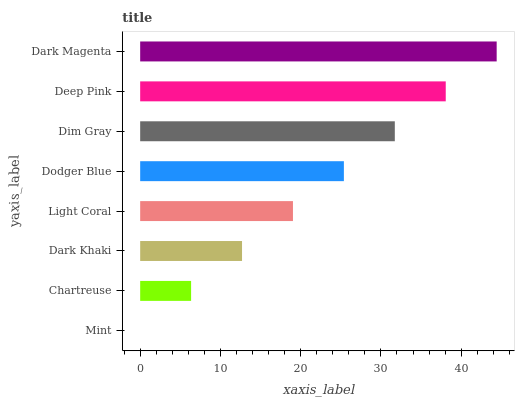
| yaxis_label | bars |
 | --- | --- |
 | Mint | 0 |
 | Chartreuse | 6.35 |
 | Dark Khaki | 12.7 |
 | Light Coral | 19 |
 | Dodger Blue | 25.4 |
 | Dim Gray | 31.7 |
 | Deep Pink | 38.1 |
 | Dark Magenta | 44.4 |